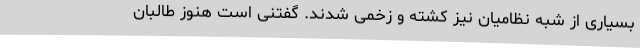
بسیاری از شبه نظامیان نیز کشته و زخمی شدند. گفتنی است هنوز طالبان